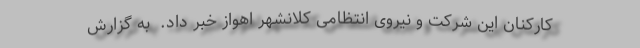
کارکنان این شرکت و نیروی انتظامی کلانشهر اهواز خبر داد.  به گزارش